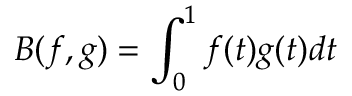
B ( f , g ) = \int _ { 0 } ^ { 1 } f ( t ) g ( t ) d t